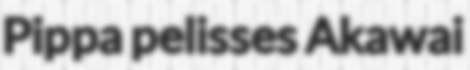
Pippa pelisses Akawai